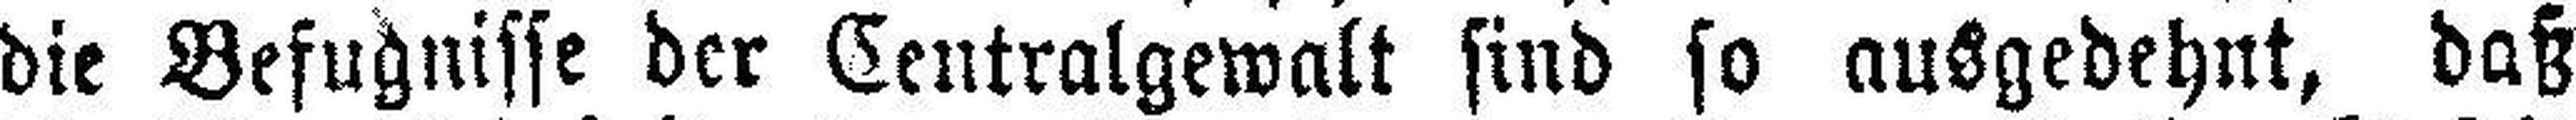
die Befugnisse der Centralgewalt sind so ausgedehnt, daß